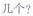
几个?